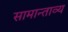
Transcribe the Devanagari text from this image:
सामान्ताव्य